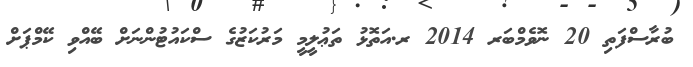
ބުރާސްފަތި 20 ނޮވެމްބަރ 2014 ރ.އަތޮޅު ތަޢުލީމީ މަރުކަޒުގެ ސްކައުޓުންނަށް ބޭއްވި ކޭމްޕަށް